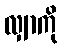
လျှာကို